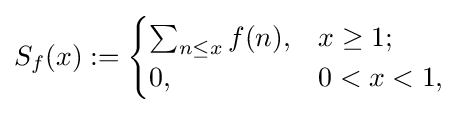
S_{f}(x):={\begin{cases}\sum _{n\leq x}f(n),&x\geq 1;\\0,&0<x<1,\end{cases}}